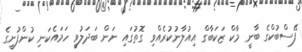
ފޭސްބުކްގެ ބާނީ މާކް ޒަކަބާގް އިއުލާނުކުރެއްވި ގޮތުގައި ނަން ބަދަލުވީ ހަމައެކަނި ކުންފުނީގެ